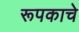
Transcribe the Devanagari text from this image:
रूपकाचे